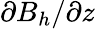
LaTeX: \partial B_{h}/\partial z